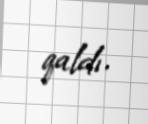
qaldı.